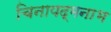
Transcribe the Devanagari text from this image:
चिनापद्मनाभ